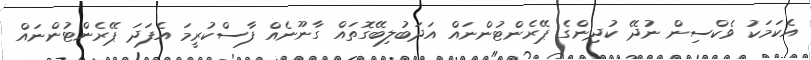
އެކަމަކު ވެކްސިން ނުދޭ ކުދިންގެ ޕޭރެންޓުންނައް އަދަބުލިބޭގޮތައް ގާނޫނެއް ފާސްކުރީމަ އެފަދަ ޕޭރެންޓުންނައް